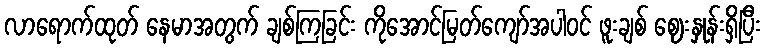
လာရောက်ထုတ် နေမာအတွက် ချစ်ကြခြင်း ကိုအောင်မြတ်ကျော်အပါဝင် ဖူးချစ် ဈေးနှုန်းရှိပြီး